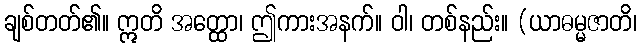
ချစ်တတ်၏။ ဣတိ အတ္ထော၊ ဤကားအနက်။ ဝါ၊ တစ်နည်း။ (ယာဓမ္မဇာတိ၊